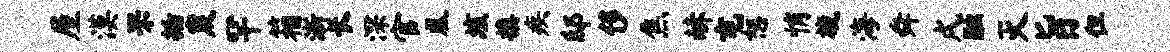
屋漠罘插炭罕箱浙长深官凰垓换疾邸侈焦赫屯恕悄旒海舜戌融灭旨但